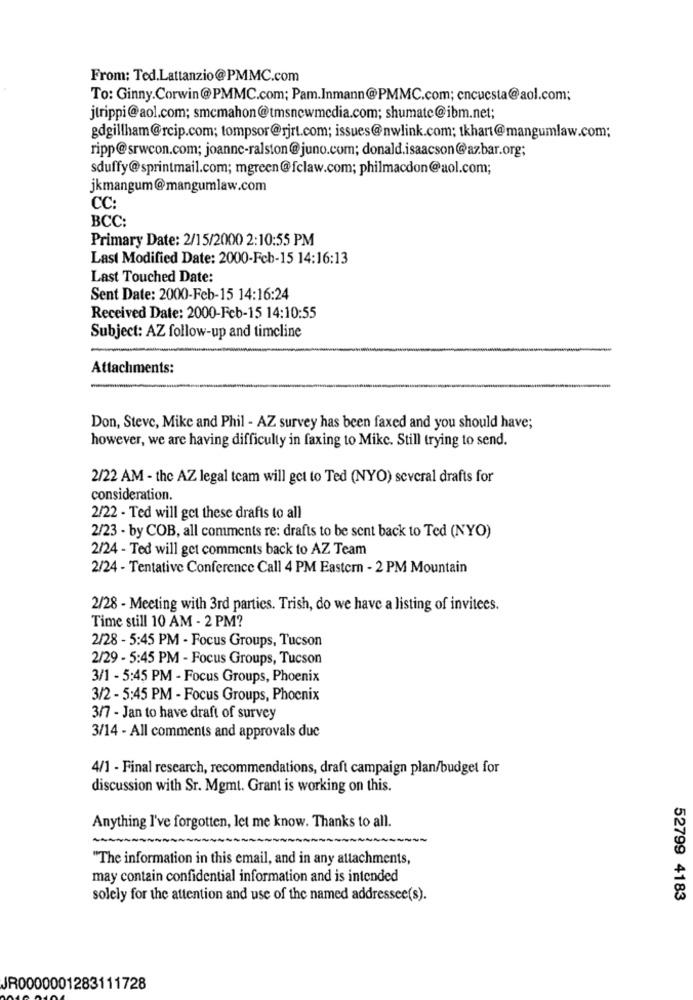
From: Ted.Lattanzio@PMMC.com
To: Ginny.Corwin@PMMC.com; Pam.Inmann@PMMC.com; cncucsta@aol.com;
jtrippi@aol.com; smcmahon@tmsnewmedia.com; shumate@ibm.net;
gdgillham@rcip.com; tompsor@rjrt.com; issues@nwlink.com; tkhart@mangumlaw.com;
ripp@srwcon.com; joanne-ralston@juno.com; donald.isaacson@azbar.org;
sduffy@sprintmail.com; mgreen@fclaw.com; philmacdon@aol.com;
jkmangum@mangumlaw.com
CC:
BCC:
Primary Date: 2/15/2000 2:10:55 PM
Last Modified Date: 2000-Feb-15 14:16:13
Last Touched Date:
Sent Date: 2000-Feb-15 14:16:24
Received Date: 2000-Feb-15 14:10:55
Subject: AZ follow-up and timeline
Attachments:
Don, Steve, Mike and Phil - AZ survey has been faxed and you should have;
however, we are having difficulty in faxing to Mike. Still trying to send.
2/22 AM - the AZ legal team will get to Ted (NYO) several drafts for
consideration.
2/22 - Ted will get these drafts to all
2/23 - by COB, all comments re: drafts to be sent back to Ted (NYO)
2/24 - Ted will get comments back to AZ Team
2/24 - Tentative Conference Call 4 PM Eastern - 2 PM Mountain
2/28 - Meeting with 3rd parties. Trish, do we have a listing of invitees.
Time still 10 AM - 2 PM?
2/28 - 5:45 PM - Focus Groups, Tucson
2/29 - 5:45 PM - Focus Groups, Tucson
3/1 - 5:45 PM - Focus Groups, Phoenix
3/2 - 5:45 PM - Focus Groups, Phoenix
3/7 - Jan to have draft of survey
3/14 - All comments and approvals due
4/1 - Final research, recommendations, draft campaign plan/budget for
discussion with Sr. Mgmt. Grant is working on this.
Anything I've forgotten, let me know. Thanks to all.
"The information in this email, and in any attachments,
may contain confidential information and is intended
solely for the attention and use of the named addressee(s).
52799 4183
JR0000001283111728